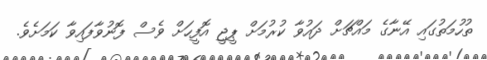
ތުހުމަތުގައި އޭނާގެ މައްޗަށް ދައުވާ ކުރުމަށް ޕީޖީ އޮފީހަށް ވެސް ފޮނުވާފައިވާ ކަމަށެވެ.